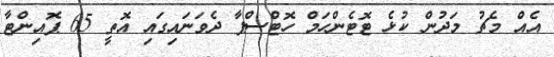
އެއް މެޗު މަދުން ކުޅެ ޓޮޓެންހަމް ހޮޓްސްޕާ ދެވަނައިގައި އޮތީ 65 ޕޮއިންޓާ